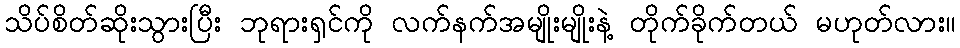
သိပ်စိတ်ဆိုးသွားပြီး ဘုရားရှင်ကို လက်နက်အမျိုးမျိုးနဲ့ တိုက်ခိုက်တယ် မဟုတ်လား။